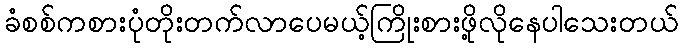
ခံစစ်ကစားပုံတိုးတက်လာပေမယ့်ကြိုးစားဖို့လိုနေပါသေးတယ်